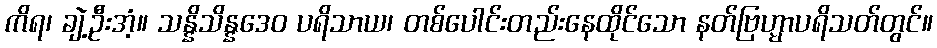
ကိရ၊ ချဲ့ဦးအံ့။ သန္နိသိန္နဒေဝ ပရိသာယ၊ တစ်ပေါင်းတည်းနေထိုင်သော နတ်ဗြဟ္မာပရိသတ်တွင်။